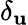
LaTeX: \delta_{\mathbf{u}}